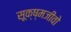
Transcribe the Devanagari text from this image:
सूक्ष्मजीवो